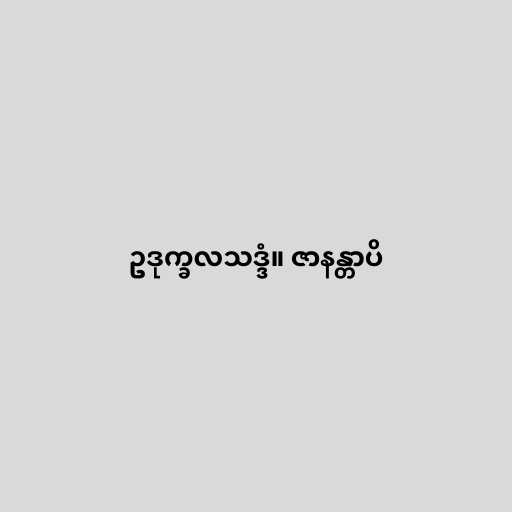
ဥဒုက္ခလသဒ္ဒံ။ ဇာနန္တာပိ